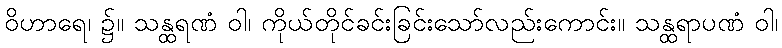
ဝိဟာရေ၊ ၌။ သန္ထရဏံ ဝါ၊ ကိုယ်တိုင်ခင်းခြင်းသော်လည်းကောင်း။ သန္ထရာပဏံ ဝါ၊